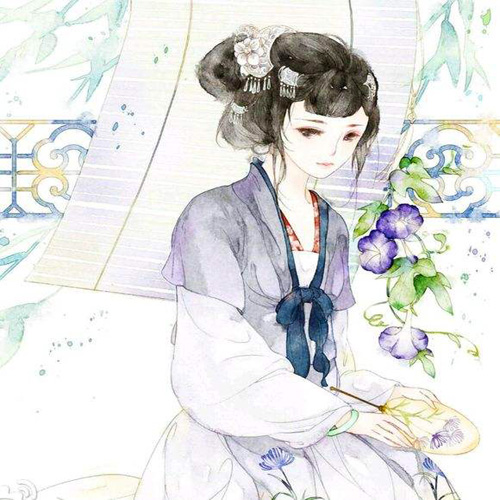
纱厨藤簟，玉人罗扇轻缣。